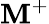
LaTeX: \mathbf{M}^{+}